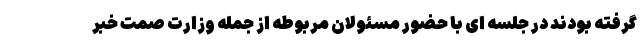
گرفته بودند در جلسه ای با حضور مسئولان مربوطه از جمله وزارت صمت خبر